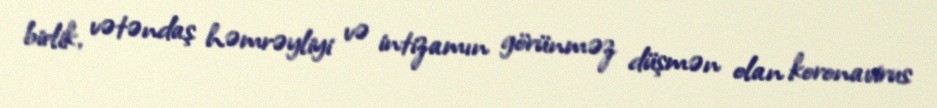
birlik, vətəndaş həmrəyliyi və intizamın görünməz düşmən olan koronavirus